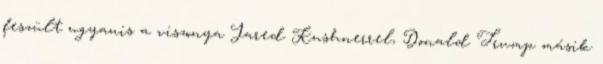
feszült ugyanis a viszonya Jared Kushnerrel, Donald Trump másik